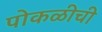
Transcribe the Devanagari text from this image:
पोकळीची